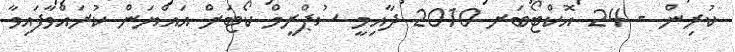
ކުރިން - 24 އޮކްޓޯބަރ 2010 ދާއިމީ ސުޕްރީމް ކޯޓަށް އައްޔަން ކުރައްވާފައިވާ